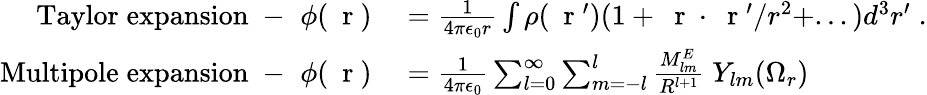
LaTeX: \begin{array}{rl}{\mathrm{Taylor\; expansion\; -\; \; }\phi(\mathrm{~\mathbf~r~})}&{{}=\frac{1}{4\pi\epsilon_{0}r}\int\rho(\mathrm{~\mathbf~r~}^{\prime})(1+\mathrm{~\mathbf~r~}\cdot\mathrm{~\mathbf~r~}^{\prime}/r^{2}+...)d^{3}r^{\prime}\; .}\\ {\mathrm{Multipole\; expansion\; -\; \; }\phi(\mathrm{~\mathbf~r~})}&{{}=\frac{1}{4\pi\epsilon_{0}}\sum_{l=0}^{\infty}\sum_{m=-l}^{l}\frac{M_{lm}^{E}}{R^{l+1}}\; Y_{lm}(\Omega_{r})}\end{array}